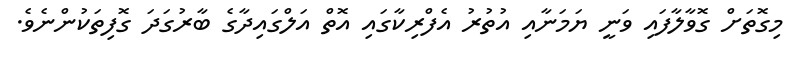
މިގޮތަށް ގޮވާލާފައި ވަނީ ޔަމަނާއި އުތުރު އެފްރިކާގައި އޮތް އަލްގައިދާގެ ބާރުގަދަ ގޮފިތަކުންނެވެ.